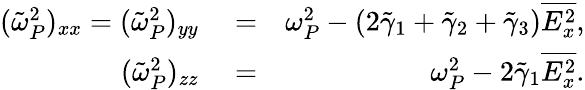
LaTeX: \begin{array}{rlr}{(\tilde{\omega}_{P}^{2})_{xx}=(\tilde{\omega}_{P}^{2})_{yy}}&{{}=}&{\omega_{P}^{2}-(2\tilde{\gamma}_{1}+\tilde{\gamma}_{2}+\tilde{\gamma}_{3})\overline{{E_{x}^{2}}},}\\ {(\tilde{\omega}_{P}^{2})_{zz}}&{{}=}&{\omega_{P}^{2}-2\tilde{\gamma}_{1}\overline{{E_{x}^{2}}}.}\end{array}